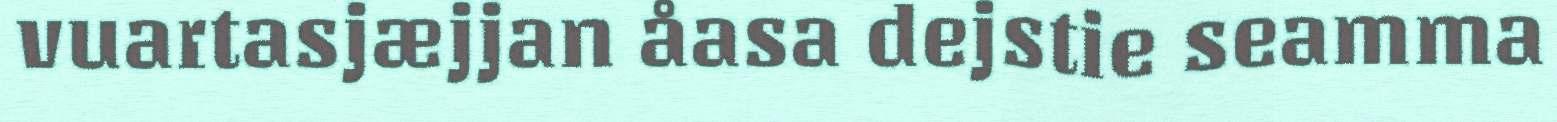
vuartasjæjjan åasa dejstie seamma